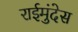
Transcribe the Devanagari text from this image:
राईमुंदेस